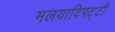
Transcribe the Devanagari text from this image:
मलयादिपट्टी